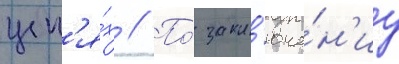
цеп'я́х // По́ закл'юче́н'иу